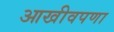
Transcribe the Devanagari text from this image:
आखीवपणा